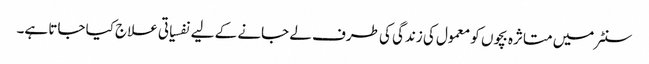
سنٹر میں متاثرہ بچوں کو معمول کی زندگی کی طرف لے جانے کے لیے نفسیاتی علاج کیا جاتا ہے۔